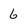
Character: 6